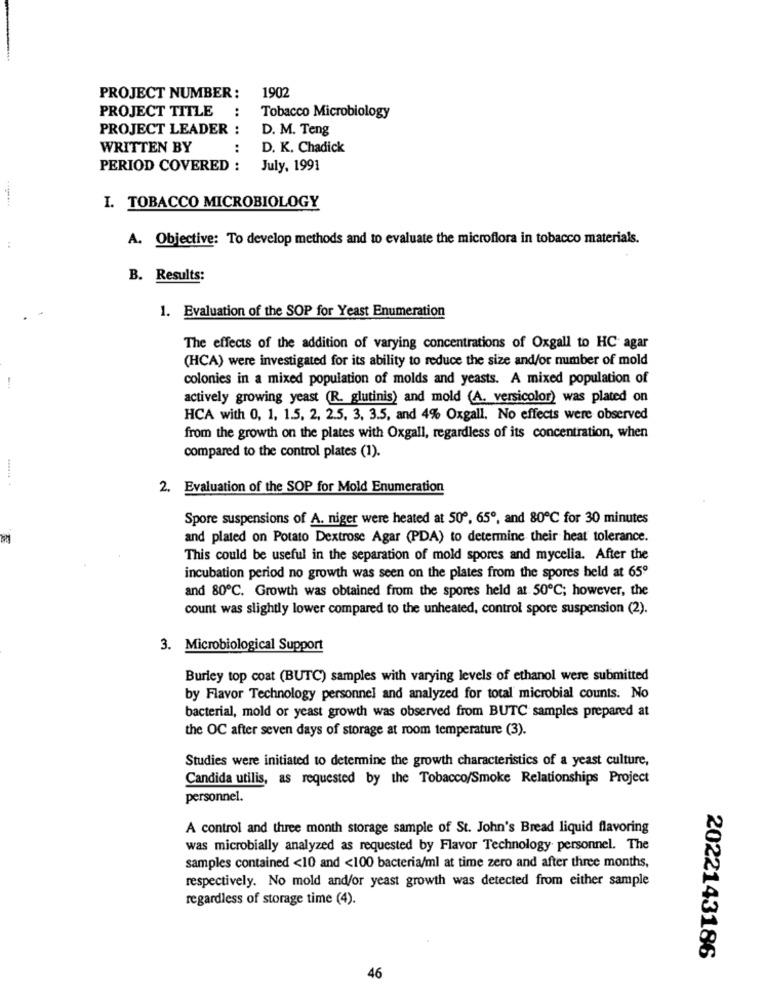
PROJECT NUMBER:
1902
PROJECT TITLE
..
Tobacco Microbiology
PROJECT LEADER :
D. M. Teng
WRITTEN BY
:
D. K. Chadick
PERIOD COVERED :
July, 1991
........
I. TOBACCO MICROBIOLOGY
A. Objective: To develop methods and to evaluate the microflora in tobacco materials.
B. Results:
1. Evaluation of the SOP for Yeast Enumeration
The effects of the addition of varying concentrations of Oxgall to HC agar
(HCA) were investigated for its ability to reduce the size and/or number of mold
colonies in a mixed population of molds and yeasts. A mixed population of
actively growing yeast (R. glutinis) and mold (A. versicolor) was plated on
HCA with 0, 1, 1.5, 2, 2.5. 3, 3.5, and 4% Oxgall. No effects were observed
from the growth on the plates with Oxgall, regardless of its concentration, when
compared to the control plates (1).
2. Evaluation of the SOP for Mold Enumeration
Spore suspensions of A. niger were heated at 509, 65º, and 80℃ for 30 minutes
and plated on Potato Dextrose Agar (PDA) to determine their heat tolerance.
This could be useful in the separation of mold spores and mycelia. After the
incubation period no growth was seen on the plates from the spores held at 65º
and 80℃. Growth was obtained from the spores held at 50℃; however, the
count was slightly lower compared to the unheated, control spore suspension (2).
3. Microbiological Support
Burley top coat (BUTC) samples with varying levels of ethanol were submitted
by Flavor Technology personnel and analyzed for total microbial counts. No
bacterial, mold or yeast growth was observed from BUTC samples prepared at
the OC after seven days of storage at room temperature (3).
Studies were initiated to determine the growth characteristics of a yeast culture,
Candida utilis, as requested by the Tobacco/Smoke Relationships Project
personnel.
A control and three month storage sample of St. John's Bread liquid flavoring
was microbially analyzed as requested by Flavor Technology personnel. The
samples contained <10 and <100 bacteria/ml at time zero and after three months,
respectively. No mold and/or yeast growth was detected from either sample
regardless of storage time (4).
2022143186
46